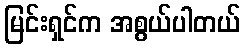
မြင်းရှင်က အစွယ်ပါတယ်